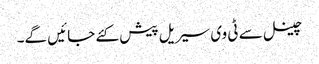
چینل سے ٹی وی سیریل پیش کئے جائیں گے۔